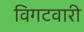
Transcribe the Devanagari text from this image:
विगटवारी